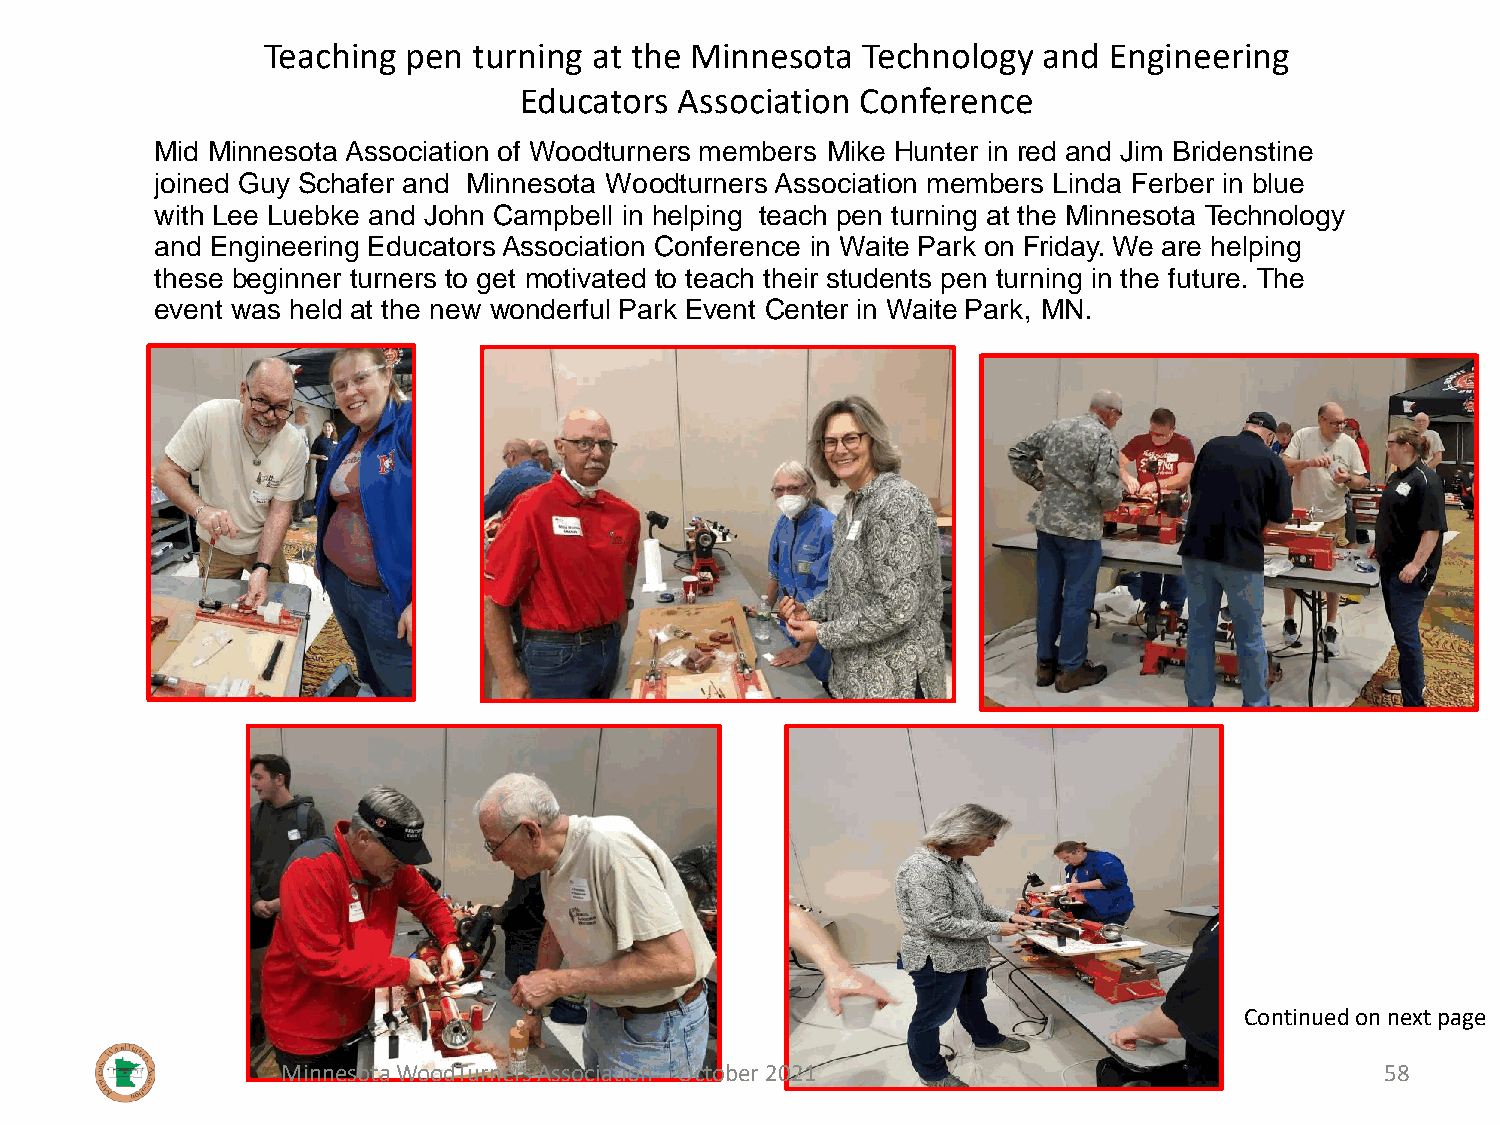
Teaching  pen turning at the Minnesota  Technology  and Engineering
 Educators  Association Conference
 Mid Minnesota Association of Woodturners members Mike Hunter in red and Jim Bridenstine
 joined Guy Schafer and Minnesota Woodturners Association members Linda Ferber in blue
 with Lee Luebke and John Campbell in helping teach pen turning at the Minnesota Technology
 and Engineering Educators Association Conference in Waite Park on Friday. We are helping
 these beginner turners to get motivated to teach their students pen turning in the future. The
 event was held at the new wonderful Park Event Center in Waite Park, MN.
 Continued on next page
 Minnesota WoodTurners Association October 2021                           58